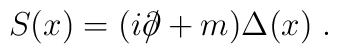
S(x) = (i \partial \!\!\!/ + m) \Delta (x) \; .